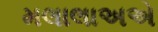
મલાલાઅએ